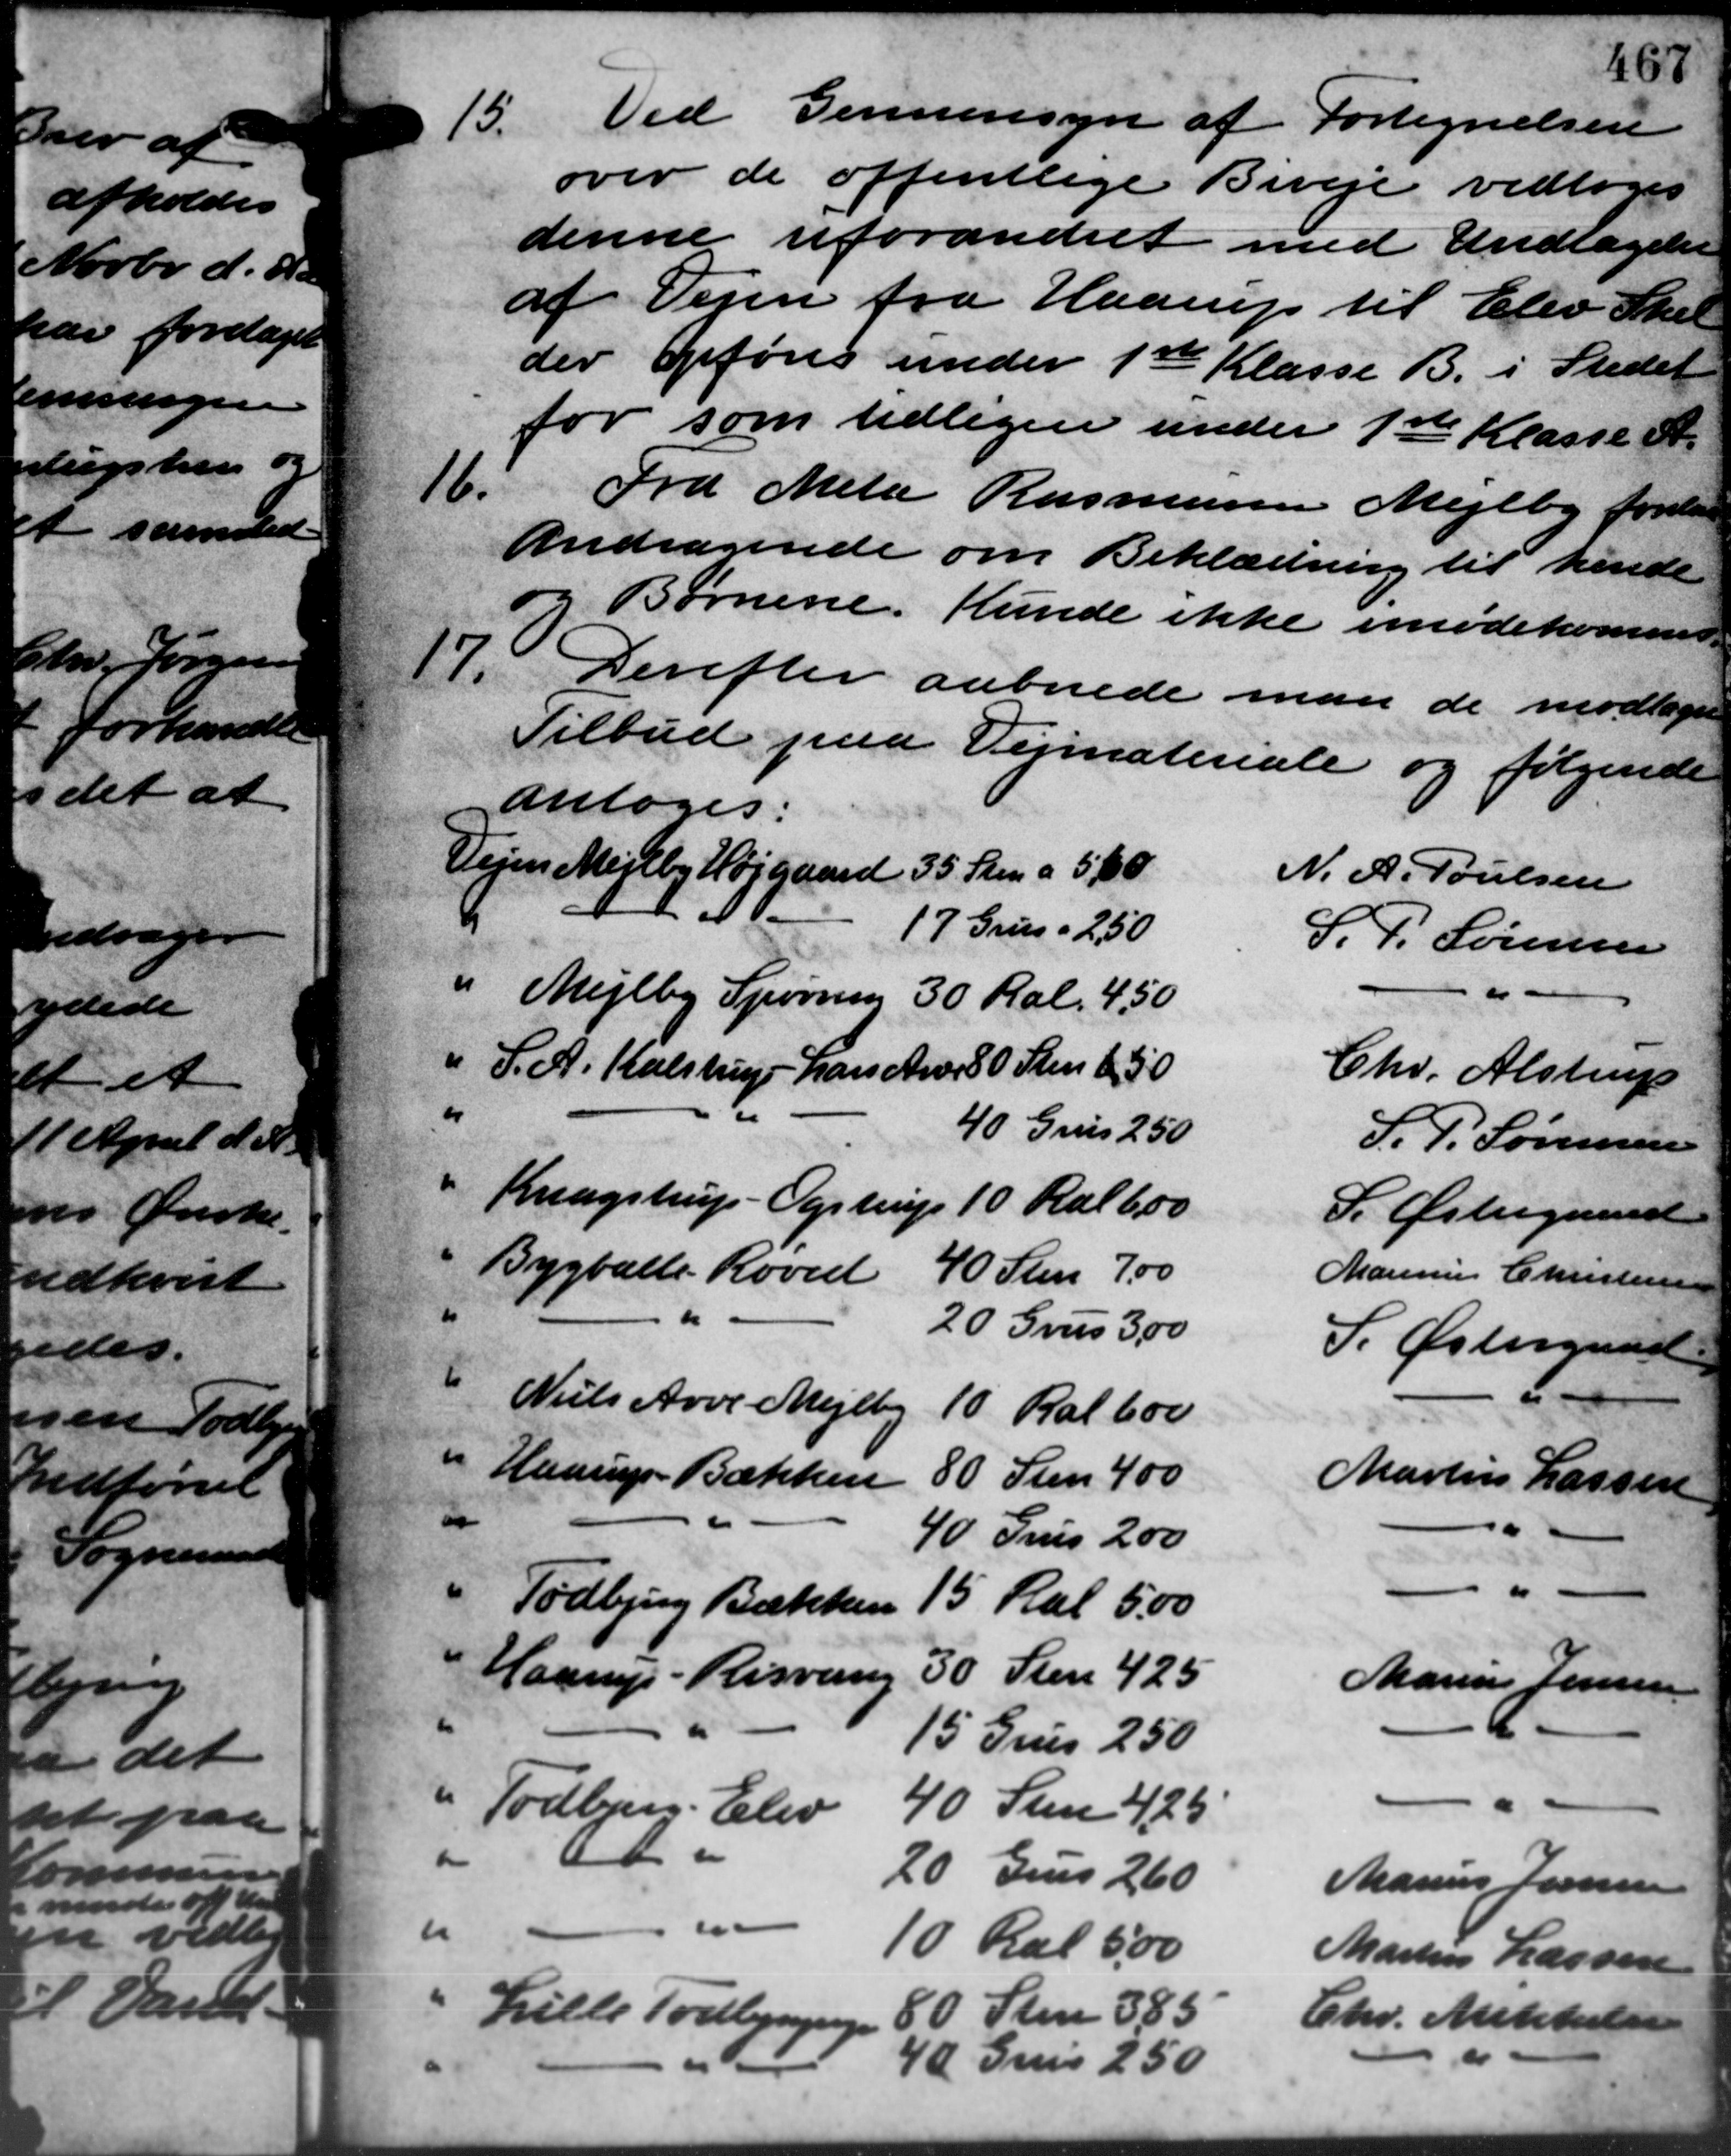
Transskription:
15.
over de offentlige Biveje vedtoges
denne uforandret med Undtagelse
af Vejen fra Haarup til Elev Skel
der opføres under 1ste Klasse B. i Stedet
for som tidligere under 1ste Klasse A.
16.
Andragende om Beklædning til hende
Børnene. Kunde ikke imødekomme
17. Derefter aabnede man de modtaget
17. Derefter aabnede man de modtaget
Tilbud paa Vejmateriale og følgende
antoges:
Vejen Mejlby Højgaard 35 Sten a 5/0
"
"
Lille Todbjerge
" Todbjerg - Elev
" Mejlby Spørring 30 Ral 4,50
" S. A. Kalstrup - Lars Ander 80 Sten 6, 50
Haarup - Risvang
" Todbjerg Bækken
" Haarup Bækken
Kragstrup - Ogstrup
" Niels Aver Mejlby
Bygballe Røved
Ved Gennemsyn af Fortegnelsen
Fra Meta Rasmussen Mejlby forelaa
N. A. Poulsen
17 Grus  2,50
S. P. Sørensen
"
Chr. Alstrup
40 Grus 2,50
S. P. Sørensen
10 Ralbor
S. Østergaard
40 Sten 700
Marinus Christensen
"
20 Grus 3,00
S. Østergaard
10 Ral 600
80 Sten 400
Martin Larsen
40 Grus 2,00
-
-
15 Ral 5,00
30 Sten 425
Marius Jensen
15 Grus 250
40 Sten 4,25
20 Grus 260
Marius Jensen
10 Ral 5,00
Martin Larsen
80 Sten 385
Chr. Mikkelsen
40 Grus 2,50